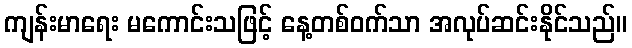
ကျန်းမာရေး မကောင်းသဖြင့် နေ့တစ်ဝက်သာ အလုပ်ဆင်းနိုင်သည်။